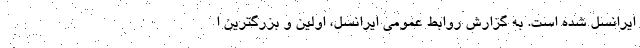
ایرانسل شده است. به گزارش روابط عمومی ایرانسل، اولین و بزرگترین ا